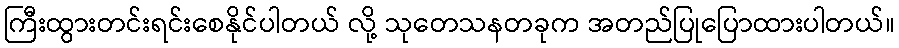
ကြီးထွားတင်းရင်းစေနိုင်ပါတယ် လို့ သုတေသနတခုက အတည်ပြုပြောထားပါတယ်။